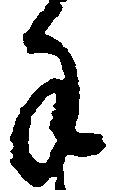
手